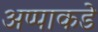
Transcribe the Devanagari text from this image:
अप्पाकडे